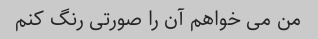
من می خواهم آن را صورتی رنگ کنم